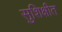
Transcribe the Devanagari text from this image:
सुशिक्षीत